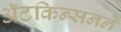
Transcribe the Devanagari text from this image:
ॲटकिन्सनने